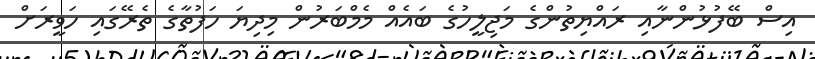
އިސް ބޭފުޅުންނާއި ރައްޔިތުންގެ މަޖިލީހުގެ ބައެއް މެމްބަރުން މިދިޔަ ހަފުތާގެ ތެރޭގައި ހަވީރަށް